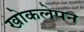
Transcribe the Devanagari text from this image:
खोकलेपन